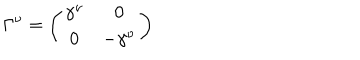
\Gamma ^ { \nu } = \left( \begin{matrix} { { \gamma ^ { \nu } } } & { { 0 } } \\ { { 0 } } & { { - \gamma ^ { \nu } } } \\ \end{matrix} \right)